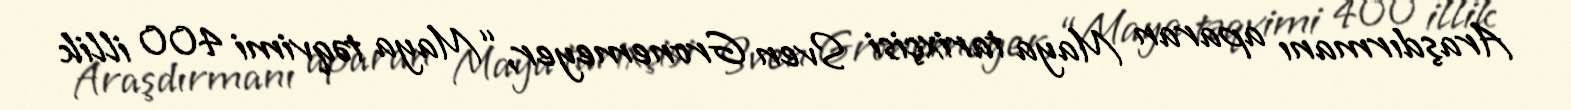
Araşdırmanı aparan Maya tarixçisi Sven Gronemeyer, “Maya təqvimi 400 illik